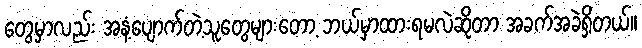
တွေမှာလည်း အနံ့ပျောက်တဲ့သူတွေများတော့ ဘယ်မှာထားရမလဲဆိုတာ အခက်အခဲရှိတယ်။